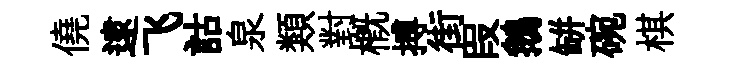
僥逮飞詁泉類對槪搏街叚鵝缾碗棋